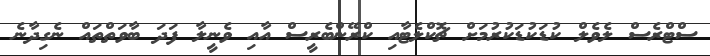
ސްޓްރެސް ލެވެލް ކުޑަކުޑަކުރުމަށް ޗޮކްލެޓާއި ކްރޭންބެރީސް އާއި ވެނީލާ ފަދަ ބާވަތްތައް ނެގިދާނެ